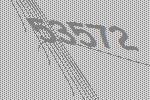
53572